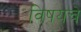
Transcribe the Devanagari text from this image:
विषयचे